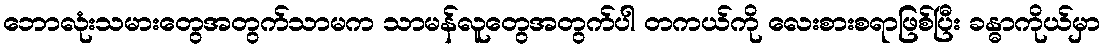
ဘောလုံးသမားတွေအတွက်သာမက သာမန်လူတွေအတွက်ပါ တကယ်ကို လေးစားစရာဖြစ်ပြီး ခန္ဓာကိုယ်မှာ